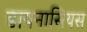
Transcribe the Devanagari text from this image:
डायनासियस